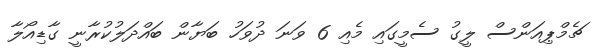
ޗެމްޕިއަންސް ލީގު ސެމީގައި މެެެއި 6 ވަނަ ދުވަހު ބަޔާން ބައްދަލުކުރާނީ ގާޑިއޯލާ